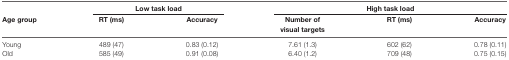
<table><thead><tr><td></td><td colspan="2"><b>Low task load</b></td><td colspan="3"><b>High task load</b></td></tr><tr><td><b>Age group</b></td><td><b>RT (ms)</b></td><td><b>Accuracy</b></td><td><b>Number of visual targets</b></td><td><b>RT (ms)</b></td><td><b>Accuracy</b></td></tr></thead><tbody><tr><td>Young</td><td>489 (47)</td><td>0.83 (0.12)</td><td>7.61 (1.3)</td><td>602 (62)</td><td>0.78 (0.11)</td></tr><tr><td>Old</td><td>585 (49)</td><td>0.91 (0.08)</td><td>6.40 (1.2)</td><td>709 (48)</td><td>0.75 (0.15)</td></tr></tbody></table>